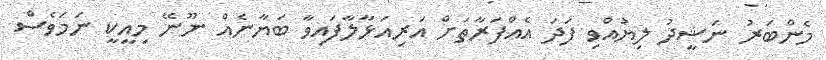
މެންބަރު ނަޝީދު ލިޔުއްވި ފަދަ އެއްފަރާތަށް އަރިއަޅާލާފައިވާ ބަޔާނެއް ނޫނޭ މިއީކީ ނަމަވެސް